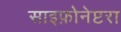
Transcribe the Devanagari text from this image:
साइफ़ोनेप्टरा